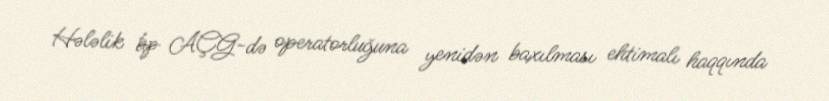
Hələlik bp AÇG-də operatorluğuna yenidən baxılması ehtimalı haqqında